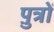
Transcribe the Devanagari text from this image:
पु़त्रों